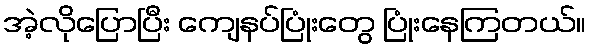
အဲ့လိုပြောပြီး ကျေနပ်ပြုံးတွေ ပြုံးနေကြတယ်။